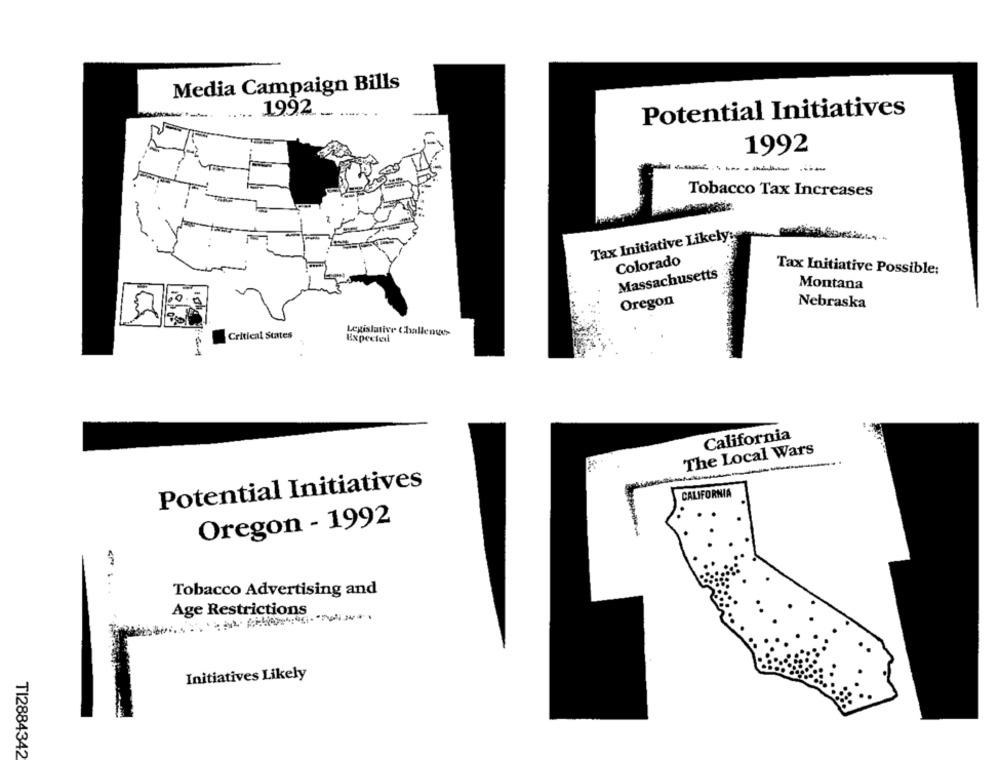
Media Campaign Bills
1992
Potential Initiatives
1992
Tobacco Tax Increases
Tax Initiative Likely:
Colorado
Massachusetts
Tax Initiative Possible:
Montana
Oregon
Nebraska
Critical States
Legislative Challenger
Expected
California
The Local Wars
--
Potential Initiatives
CALIFORNIA
Oregon - 1992
Tobacco Advertising and
Age Restrictions
Initiatives Likely
TI2884342